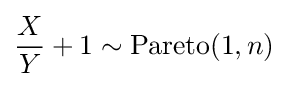
{\frac {X}{Y}}+1\sim \operatorname {Pareto} (1,n)